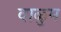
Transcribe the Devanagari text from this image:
वाळुम